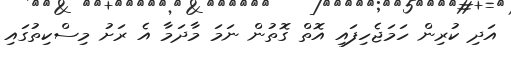
އަދި ކުރިން ހަމަޖެހިފައި އޮތް ގޮތުން ނަމަ މާދަމާ އެ ރަށު މިސްކިތުގައި